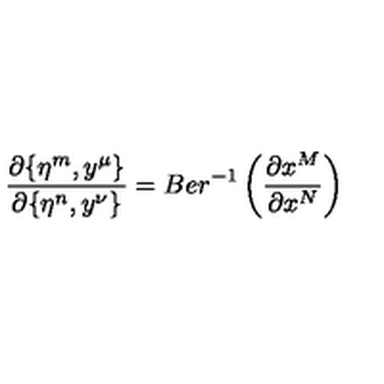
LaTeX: \frac { \partial \{ \eta ^ { m } , y ^ { \mu } \} } { \partial \{ \eta ^ { n } , y ^ { \nu } \} } = B e r ^ { - 1 } \left( \frac { \partial x ^ { M } } { \partial x ^ { N } } \right)